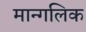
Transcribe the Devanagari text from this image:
मान्गलिक